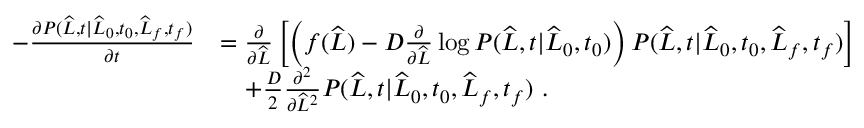
\begin{array} { r l } { - \frac { \partial P ( \widehat { L } , t | \widehat { L } _ { 0 } , t _ { 0 } , \widehat { L } _ { f } , t _ { f } ) } { \partial t } } & { = \frac { \partial } { \partial \widehat { L } } \left[ \left( f ( \widehat { L } ) - D \frac { \partial } { \partial \widehat { L } } \log P ( \widehat { L } , t | \widehat { L } _ { 0 } , t _ { 0 } ) \right) P ( \widehat { L } , t | \widehat { L } _ { 0 } , t _ { 0 } , \widehat { L } _ { f } , t _ { f } ) \right] } \\ & { \ \ \ + \frac { D } { 2 } \frac { \partial ^ { 2 } } { \partial \widehat { L } ^ { 2 } } P ( \widehat { L } , t | \widehat { L } _ { 0 } , t _ { 0 } , \widehat { L } _ { f } , t _ { f } ) \ . } \end{array}